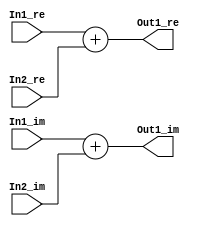
// -------------------------------------------------------------
// 
// 
// Generated by MATLAB 9.8 and HDL Coder 3.16
// 
// -------------------------------------------------------------


// -------------------------------------------------------------
// 
// Module: Complex_Sum2_block31
// Source Path: newhope_cambios/FDHT/DFT_2/DFT5-block_IDFT/DFT5-column 2/DFT5-3/Complex-Sum2
// Hierarchy Level: 5
// 
// -------------------------------------------------------------

`timescale 1 ns / 1 ns

module Complex_Sum2_block31
          (In1_re,
           In1_im,
           In2_re,
           In2_im,
           Out1_re,
           Out1_im);


  input   signed [36:0] In1_re;  // sfix37_En22
  input   signed [36:0] In1_im;  // sfix37_En22
  input   signed [36:0] In2_re;  // sfix37_En22
  input   signed [36:0] In2_im;  // sfix37_En22
  output  signed [36:0] Out1_re;  // sfix37_En22
  output  signed [36:0] Out1_im;  // sfix37_En22


  wire signed [36:0] Sum_out1;  // sfix37_En22
  wire signed [36:0] Sum1_out1;  // sfix37_En22


  assign Sum_out1 = In1_re + In2_re;



  assign Out1_re = Sum_out1;

  assign Sum1_out1 = In1_im + In2_im;



  assign Out1_im = Sum1_out1;

endmodule  // Complex_Sum2_block31